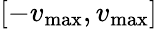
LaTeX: [-v_{\operatorname*{max}},v_{\operatorname*{max}}]